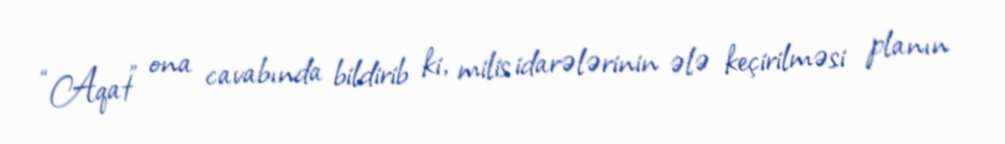
“Aqat” ona cavabında bildirib ki, milis idarələrinin ələ keçirilməsi planın